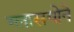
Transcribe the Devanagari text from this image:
ग्लासगोने